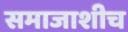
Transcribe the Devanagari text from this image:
समाजाशीच